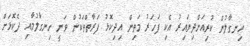
ހިނގާލުން ކުރިއަށްދިޔައިރު އެކި ފަހަރު މަތިން އިދިކޮޅު ފަރާތްތަކުން ވަނީ ހިނގާލުމާއި ދެކޮޅަށް